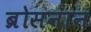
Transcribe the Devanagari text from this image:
ब्रोसनान